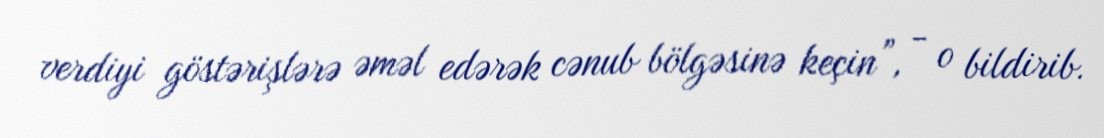
verdiyi göstərişlərə əməl edərək cənub bölgəsinə keçin”, - o bildirib.